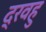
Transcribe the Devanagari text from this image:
द्रवहु